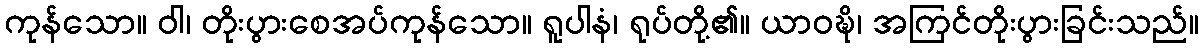
ကုန်သော။ ဝါ၊ တိုးပွားစေအပ်ကုန်သော။ ရူပါနံ၊ ရုပ်တို့၏။ ယာဝဍ္ဎိ၊ အကြင်တိုးပွားခြင်းသည်။